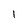
Character: 1